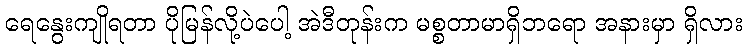
ရေနွေးကျိုရတာ ပိုမြန်လို့ပဲပေါ့ အဲဒီတုန်းက မစ္စတာမာရှိဘရော အနားမှာ ရှိလား